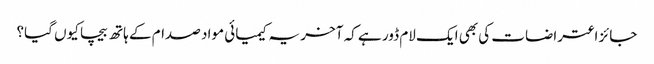
جائز اعتراضات کی بھی ایک لام ڈور ہے کہ آخر یہ کیمیائی مواد صدام کے ہاتھ بیچا کیوں گیا؟